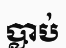
ប្លាប់